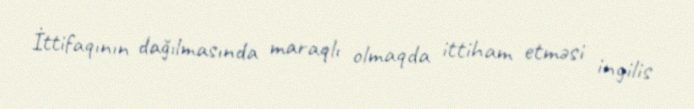
İttifaqının dağılmasında maraqlı olmaqda ittiham etməsi ingilis